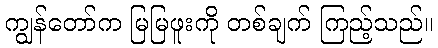
ကျွန်တော်က မြမြဖူးကို တစ်ချက် ကြည့်သည်။